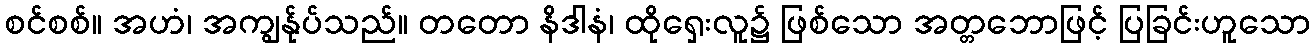
စင်စစ်။ အဟံ၊ အကျွန်ုပ်သည်။ တတော နိဒါနံ၊ ထိုရှေးလူ၌ ဖြစ်သော အတ္တဘောဖြင့် ပြခြင်းဟူသော